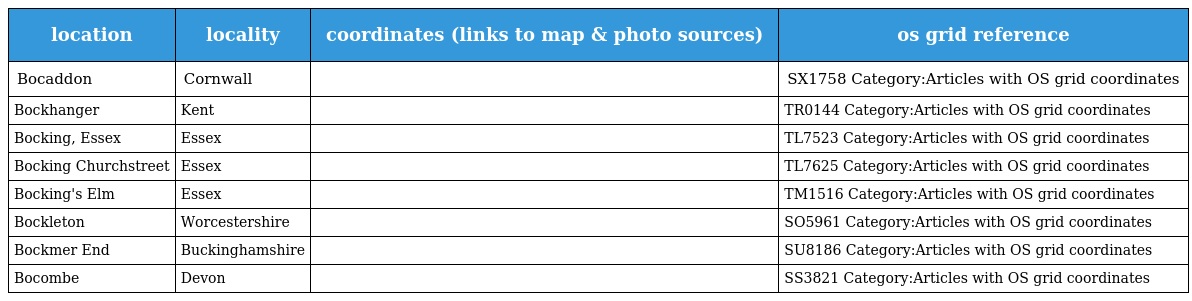
| location | locality | coordinates (links to map & photo sources) | os grid reference |
 | --- | --- | --- | --- |
 | Bocaddon | Cornwall |  | SX1758 Category:Articles with OS grid coordinates |
 | Bockhanger | Kent |  | TR0144 Category:Articles with OS grid coordinates |
 | Bocking, Essex | Essex |  | TL7523 Category:Articles with OS grid coordinates |
 | Bocking Churchstreet | Essex |  | TL7625 Category:Articles with OS grid coordinates |
 | Bocking's Elm | Essex |  | TM1516 Category:Articles with OS grid coordinates |
 | Bockleton | Worcestershire |  | SO5961 Category:Articles with OS grid coordinates |
 | Bockmer End | Buckinghamshire |  | SU8186 Category:Articles with OS grid coordinates |
 | Bocombe | Devon |  | SS3821 Category:Articles with OS grid coordinates |